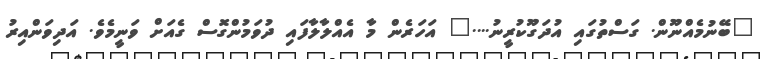
"ބޭނުމެއްނޫން. ގަސްތުގައި އުދަގޫކުރީނު...." އަހަރެން މާ އެއްލާލާފައި ދުވަމުންގޮސް ގެއަށް ވަނީމެވެ. އަދިވަންއިރު